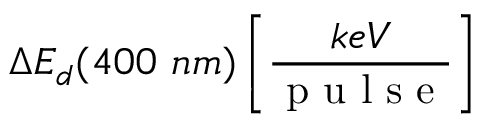
\Delta E _ { d } ( 4 0 0 ~ n m ) \left[ \frac { k e V } { \mathrm { ~ p ~ u ~ l ~ s ~ e ~ } } \right]